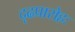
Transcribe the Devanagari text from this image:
दृढप्रारोहः